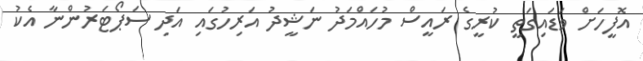
އޮފީހަށް ވަޑައިގަތީ ކުރީގެ ރައީސް މުހައްމަދު ނަޝީދު އަރިހުގައި އަދި ސަޕޯޓަރުންނާ އެކު